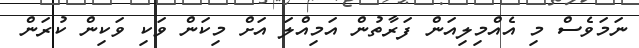
ނަމަވެސް މި އެއްމިލިއަން ފަރާތުން އަމިއްލަ އަށް މިކަން ވަކި ވަކިން ކުރަން